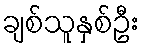
ချစ်သူနှစ်ဦး